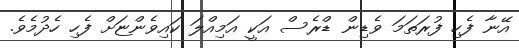
އޭނާ ފެހި ފުރަތަމަ ވެޑިން ޑްރެސް އަކީ އަމިއްލަ ކައިވެންޏަށް ފެހި ހެދުމެވެ.